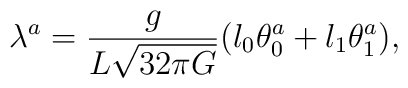
\lambda^a = \frac{g}{L\sqrt{32\pi G}}(l_0\theta_0^a+l_1\theta_1^a),